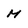
Character: M